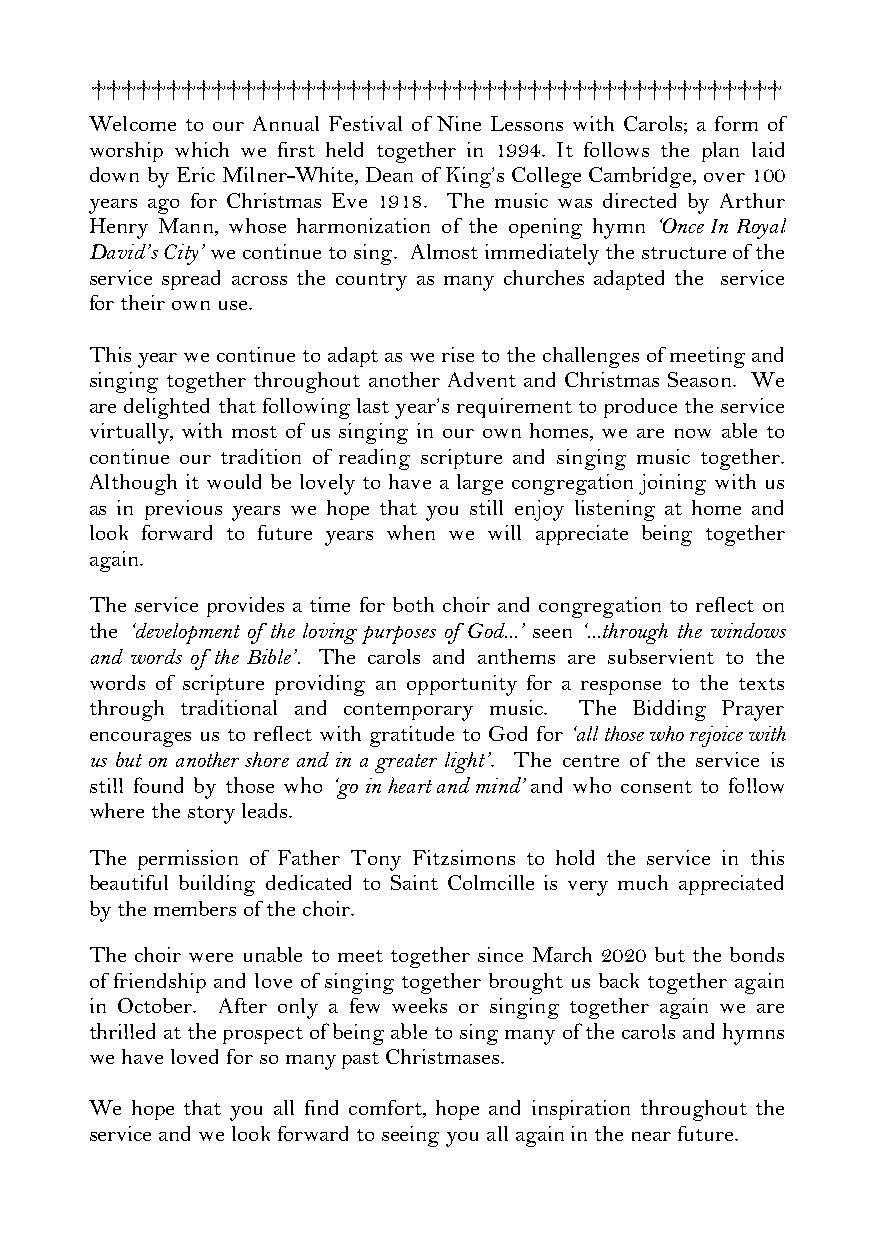
††††††††††††††††††††††††††††††††††††††††††††††
 Welcom e to our Annual Festival of Nine Lessons with Carols; a form of
 worship which we first held together in 1994. It follows the plan laid
 down by Eric Milner-White, Dean of King’s College Cambridge, over 100
 years ago for Christmas Eve 1918. The music was directed by Arthur
 Henry Mann, whose harmonization of the opening hymn ‘Once In Royal
 David’s City’ we continue to sing. Almost immediately the structure of the
 service spread across the country as many churches adapted the service
 for their own use.
 This year we continue to adapt as we rise to the challenges of meeting and
 singing together throughout another Advent and Christmas Season. We
 are delighted that following last year’s requirement to produce the service
 virtually, with most of us singing in our own homes, we are now able to
 continue our tradition of reading scripture and singing music together.
 Although it would be lovely to have a large congregation joining with us
 as in previous years we hope that you still enjoy listening at home and
 look forward to future years when we will appreciate being together
 again.
 The service provides a time for both choir and congregation to reflect on
 the ‘development of the loving purposes of God...’ seen ‘...through the windows
 and words of the Bible’. The carols and anthems are subservient to the
 words of scripture providing an opportunity for a response to the texts
 through traditional and contemporary music. The Bidding Prayer
 encourages us to reflect with gratitude to God for ‘all those who rejoice with
 us but on another shore and in a greater light’. The centre of the service is
 still found by those who ‘go in heart and mind’ and who consent to follow
 where the story leads.
 The permission of Father Tony Fitzsimons to hold the service in this
 beautiful building dedicated to Saint Colmcille is very much appreciated
 by the members of the choir.
 The choir were unable to meet together since March 2020 but the bonds
 of friendship and love of singing together brought us back together again
 in October. After only a few weeks or singing together again we are
 thrilled at the prospect of being able to sing many of the carols and hymns
 we have loved for so many past Christmases.
 We hope that you all find comfort, hope and inspiration throughout the
 service and we look forward to seeing you all again in the near future.
 Page 2